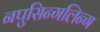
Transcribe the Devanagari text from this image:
नपुसिन्गलिन्ग